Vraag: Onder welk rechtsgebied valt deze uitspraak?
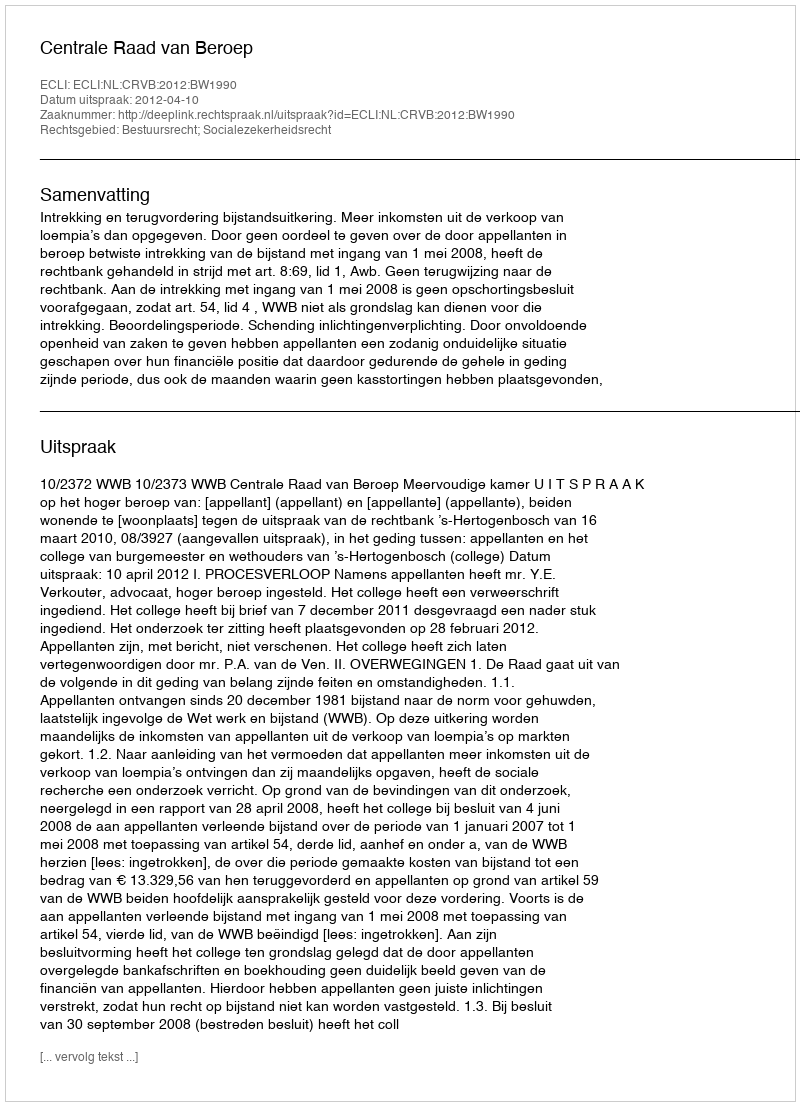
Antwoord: Bestuursrecht; Socialezekerheidsrecht